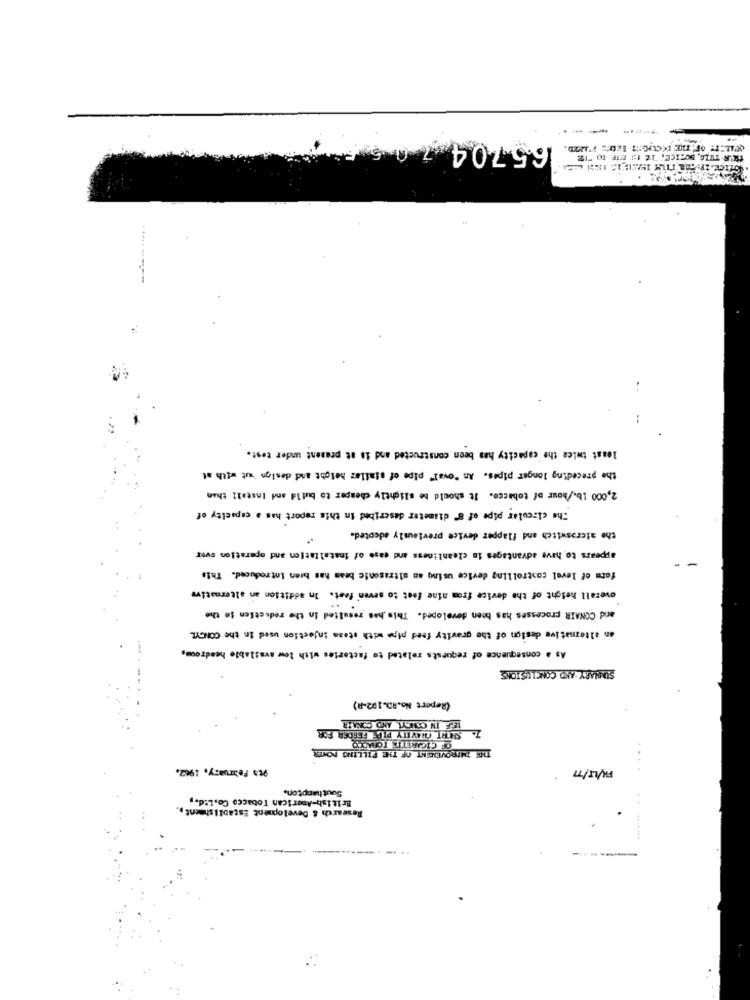
---- ---
5
165704
TH'R. TITLE, BORICE, TE IS MIE (O "IE
least twice the capacity has been constructed and is at present under test.
the preceding longer pipes. As "oval" pipe of similar height and design ust with at
2,000 1b./hour of tobacco. It should be slightly cheaper to build and Install than
The circular pipe of 8" diameter described in this report has a capacity of
the ateroswitch and flapper device previously edcoted.
appears to have advantages in cleanliness and case of installation and operation over
form of level controlling device using an ultrasonic beam has bien introduced. This
overall height of the device from aine feet to seven feet. In addition an alternative
and CONAIR processes has been developed. This has resulted in the reduction in the
an alternative design of the gravity feed pipe with steam injection used in the CONCYL
As a consequence of requests related to factories with low available headroom,
SULLARY -AND CONCLUSIONS
--
(Report No.RD.192-R)
LEF IN COLLYL AND CONAIR
7. SIEHT CHAVITY PIP FEEDER FOR
OF CIGARETTE TORAIR
THE IMPROVEMENT OF THE FILLING POWER
9th February, 1962.
F/L5/77
...
Southampton,
British American Tobacco Co.Ltd .,
Research & Development Establishment ..
------